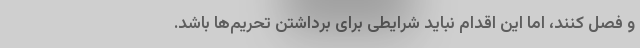
و فصل کنند، اما این اقدام نباید شرایطی برای برداشتن تحریم‌ها باشد.